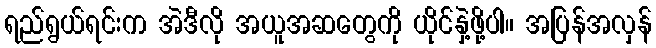
ရည်ရွယ်ရင်းက အဲဒီလို အယူအဆတွေကို ယိုင်နှဲ့ဖို့ပါ။ အပြန်အလှန်